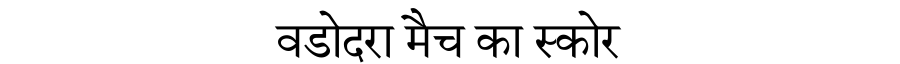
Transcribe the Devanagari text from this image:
वडोदरा मैच का स्कोर